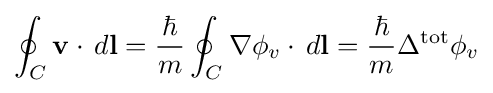
\oint _{C}\mathbf {v} \cdot \,d\mathbf {l} ={\frac {\hbar }{m}}\oint _{C}\nabla \phi _{v}\cdot \,d\mathbf {l} ={\frac {\hbar }{m}}\Delta ^{\text{tot}}\phi _{v}